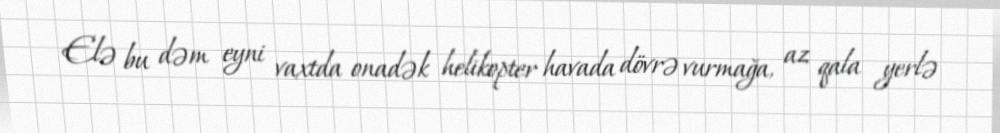
Elə bu dəm eyni vaxtda onadək helikopter havada dövrə vurmağa, az qala yerlə